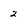
Character: 2